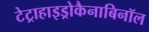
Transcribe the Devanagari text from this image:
टेट्राहाइड्रोकैनाबिनॉल